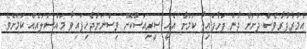
އުމުރުފުރާވެސް ދަށަށް ދާން ފަށާފައިވާ ކަމަށާ އެއީ ސީރިއަސްކޮށް ވިސްނަންޖެހިފައިވާ މައްސަލައެއް ކަމަށެވެ.